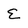
Character: E